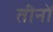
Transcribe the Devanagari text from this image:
तीनोँ